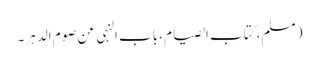
( مسلم، کتاب الصیام، باب النہی عن صوم الدہر۔